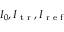
I _ { 0 } , I _ { \textrm { t r } } , I _ { \textrm { r e f } }